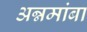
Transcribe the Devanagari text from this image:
अन्नमांबा